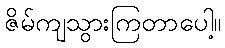
ဇိမ်ကျသွားကြတာပေါ့။